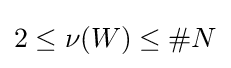
2\leq \nu (W)\leq \#N